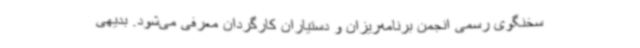
سخنگوی رسمی انجمن برنامه‌ریزان و دستیاران کارگردان معرفی می‌شود. بدیهی